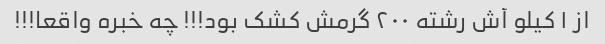
از ۱ کیلو آش رشته ۲۰۰ گرمش کشک بود!!! چه خبره واقعا!!!